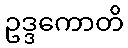
ဥဒ္ဒကောတိ